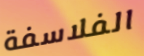
الفلاسفة